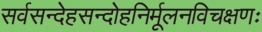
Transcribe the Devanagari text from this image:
सर्वसन्देहसन्दोहनिर्मूलनविचक्षणः